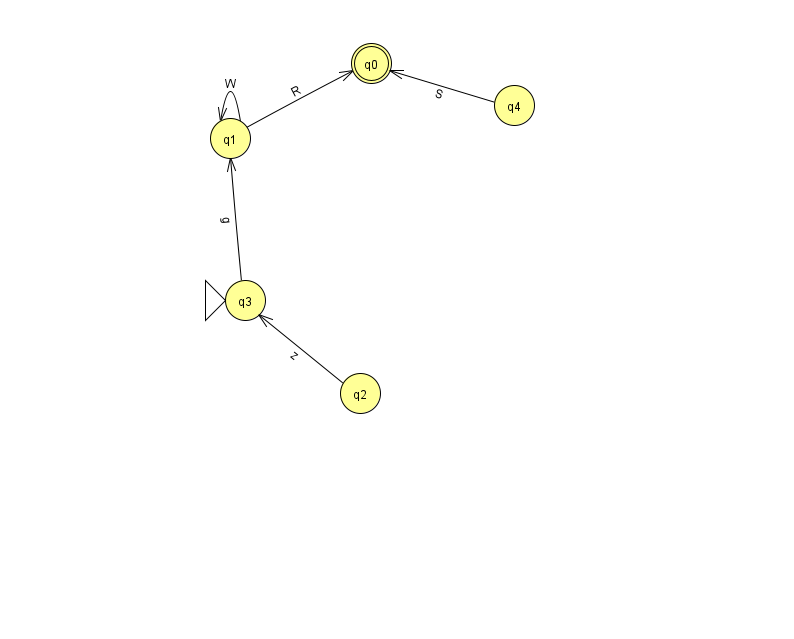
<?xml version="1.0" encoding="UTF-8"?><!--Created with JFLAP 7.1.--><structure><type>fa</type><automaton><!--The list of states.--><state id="0" name="q0"><x>371.0</x><y>50.0</y><final/></state><state id="1" name="q1"><x>230.0</x><y>125.0</y></state><state id="2" name="q2"><x>360.0</x><y>380.0</y></state><state id="3" name="q3"><x>245.0</x><y>287.0</y><initial/></state><state id="4" name="q4"><x>514.0</x><y>92.0</y></state><!--The list of transitions.--><transition><from>3</from><to>1</to><read>g</read></transition><transition><from>1</from><to>0</to><read>R</read></transition><transition><from>4</from><to>0</to><read>S</read></transition><transition><from>1</from><to>1</to><read>W</read></transition><transition><from>2</from><to>3</to><read>z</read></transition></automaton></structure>